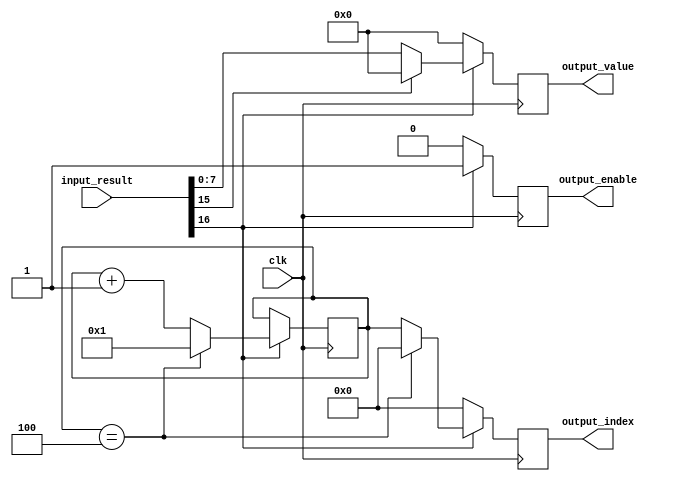
`timescale 1ns / 1ps
//////////////////////////////////////////////////////////////////////////////////
// Outdated RELU cell which doesn't work with quantization. Needs to get updated.
//////////////////////////////////////////////////////////////////////////////////


module relu_cell#(
        parameter DATA_WIDTH = 8,
        parameter RESULT_WIDTH = 16,
        parameter INDEX_WIDTH = 10,
        parameter CELL_AMOUNT = 4
    ) (
        input wire clk,
        input wire [RESULT_WIDTH:0] input_result,
        output reg [INDEX_WIDTH-1:0] output_index,
        output reg [DATA_WIDTH-1:0] output_value,
        output reg output_enable
    );
    
reg [INDEX_WIDTH-1:0] index;
    
initial begin
    index = 0;
end
    
always @ (posedge clk) begin #1
    if (input_result[RESULT_WIDTH]) begin
        if (input_result[RESULT_WIDTH-1]) output_value <= 0;
        else output_value <= input_result[RESULT_WIDTH-1:0];
        if (index == CELL_AMOUNT) begin
            output_index <= 0;
            index <= 1;
        end
        else begin
            output_index <= index;
            index <= index + 1;
        end
        output_enable <= 1;
    end
    else begin 
        output_enable <= 0;
        output_index <= 0;
        output_value <= 0;
    end
end

endmodule